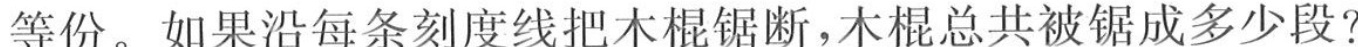
等份。如果沿每条刻度线把木棍锯断，木棍总共被锯成多少段?